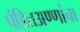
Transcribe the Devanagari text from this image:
पंडितअण्णांचा